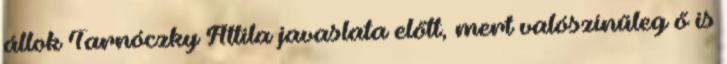
állok Tarnóczky Attila javaslata előtt, mert valószínűleg ő is